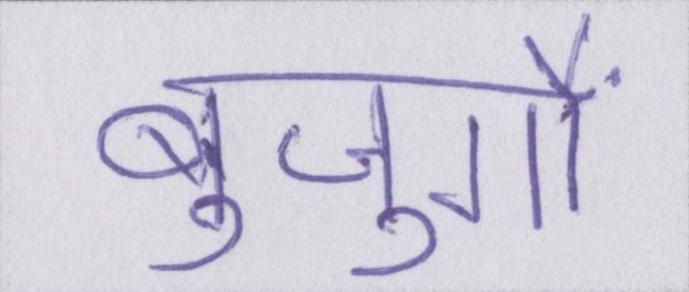
बुजुर्गों